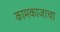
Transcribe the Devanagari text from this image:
कामकाजाचा